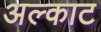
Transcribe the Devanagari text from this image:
अल्काट